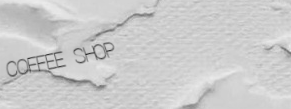
COFFEE SHOP